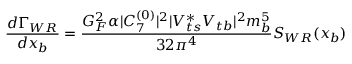
{ \frac { d \Gamma _ { W R } } { d x _ { b } } } = { \frac { G _ { F } ^ { 2 } \alpha | C _ { 7 } ^ { ( 0 ) } | ^ { 2 } | V _ { t s } ^ { * } V _ { t b } | ^ { 2 } m _ { b } ^ { 5 } } { 3 2 \pi ^ { 4 } } } S _ { W R } ( x _ { b } )